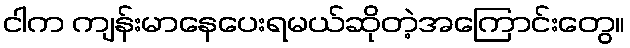
ငါက ကျန်းမာနေပေးရမယ်ဆိုတဲ့အကြောင်းတွေ။